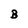
Character: B